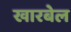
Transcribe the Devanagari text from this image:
खारबेल